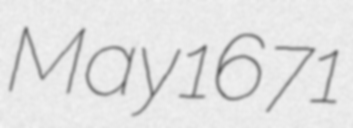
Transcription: May 1671